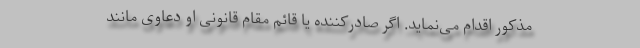
مذکور اقدام می‌نماید. اگر صادرکننده یا قائم مقام قانونی او دعاوی مانند